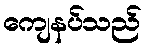
ကျေနပ်သည်